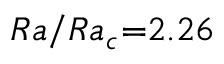
R a / R a _ { c } { = } 2 . 2 6